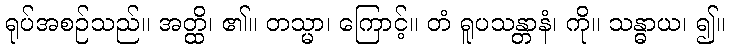
ရုပ်အစဉ်သည်။ အတ္ထိ၊ ၏။ တသ္မာ၊ ကြောင့်။ တံ ရူပသန္တာနံ၊ ကို။ သန္ဓာယ၊ ၍။